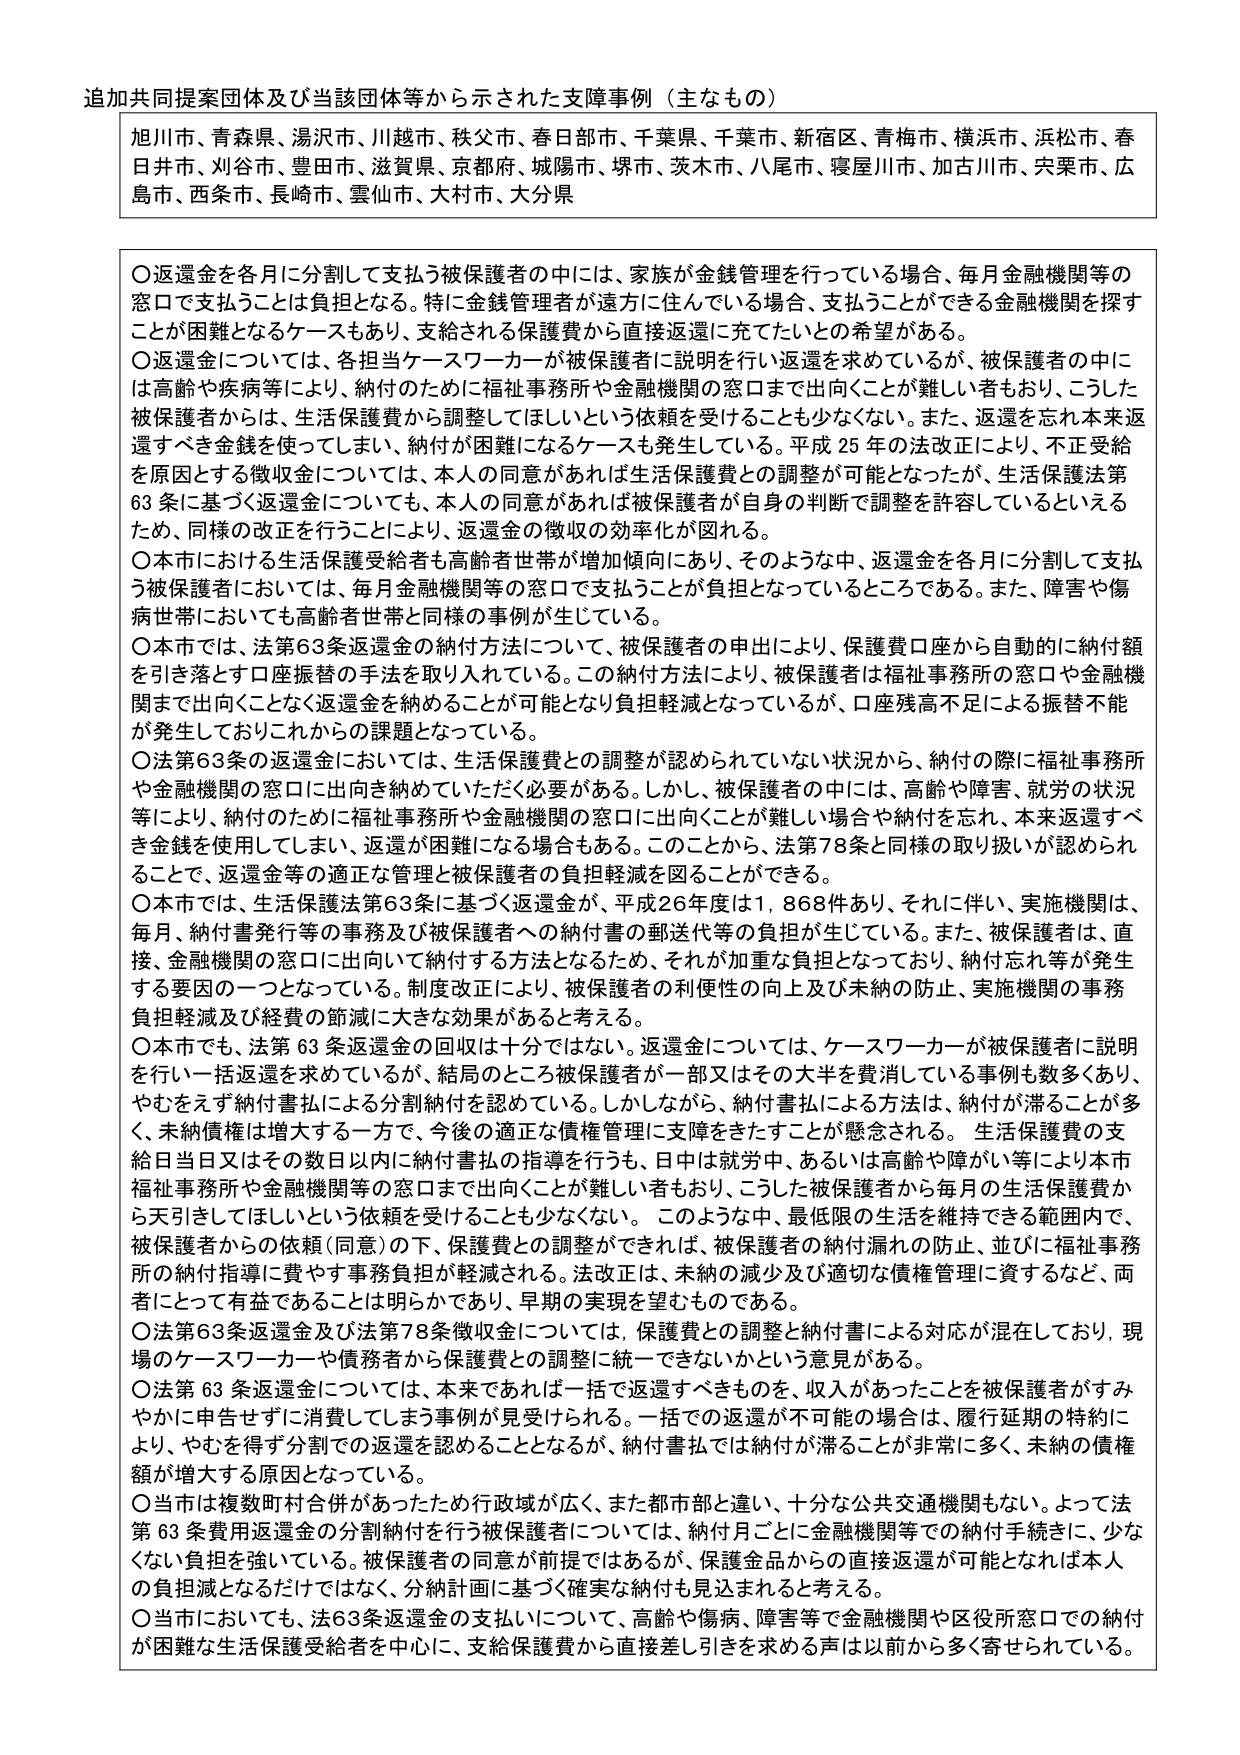
追加共同提案団体及び当該団体等から示された支障事例（主なもの）

旭川市、青森県、湯沢市、川越市、秩父市、春日部市、千葉県、千葉市、新宿区、青梅市、横浜市、浜松市、春日井市、刈谷市、豊田市、滋賀県、京都府、城陽市、堺市、茨木市、八尾市、寝屋川市、加古川市、宍粟市、広島市、西条市、長崎市、雲仙市、大村市、大分県

〇返還金を各月に分割して支払う被保護者の中には、家族が金銭管理を行っている場合、毎月金融機関等の窓口で支払うことは負担となる。特に金銭管理者が遠方に住んでいる場合、支払うことができる金融機関を探すことが困難となるケースもあり、支給される保護費から直接返還に充てたいとの希望がある。
〇返還金については、各担当ケースワーカーが被保護者に説明を行い返還を求めているが、被保護者の中には高齢や疾病等により、納付のために福祉事務所や金融機関の窓口まで出向くことが難しい者もおり、こうした被保護者からは、生活保護費から調整してほしいという依頼を受けることも少ないない。また、返還を忘れ本来返還すべき金銭を使ってしまい、納付が困難になるケースも発生している。平成25年の法改正により、不正受給を原因とする徴収金については、本人の同意があれば生活保護費との調整が可能となったが、生活保護法第63条に基づく返還金についても、本人の同意があれば被保護者が自身の判断で調整を許容しているといえるため、同様の改正を行うことにより、返還金の徴収の効率化が図れる。
〇本市における生活保護受給者も高齢者世帯が増加傾向にあり、そのような中、返還金を各月に分割して支払う被保護者においては、毎月金融機関等の窓口で支払うことが負担となっているところである。また、障害や傷病世帯においても高齢者世帯と同様の事例が生じている。
〇本市では、法第63条返還金の納付方法について、被保護者の申出により、保護費口座から自動的に納付額を引き落とす口座振替の手法を取り入れている。この納付方法により、被保護者は福祉事務所の窓口や金融機関まで出向くことなく返還金を納めることが可能となり負担軽減となっているが、口座残高不足による振替不能が発生しておりこれからも課題となっている。
〇法第63条の返還金においては、生活保護費との調整が認められていない状況から、納付の際に福祉事務所や金融機関の窓口に出向き納めていただく必要がある。しかし、被保護者の中には、高齢や障害、就労の状況等により、納付のために福祉事務所や金融機関の窓口に出向くことが難しい場合や納付を忘れ、本来返還すべき金銭を使用してしまい、返還が困難になる場合もある。このことから、法第78条と同様の取り扱いが認められることで、返還金等の適正な管理と被保護者の負担軽減を図ることができる。
〇本市では、生活保護法第63条に基づく返還金が、平成26年度は1,868件あり、それに伴い、実施機関は、毎月、納付書発行等の事務及び被保護者への納付書の郵送代等の負担が生じている。また、被保護者は、直接、金融機関の窓口に出向いて納付する方法となるため、それが加重な負担となっており、納付忘れ等が発生する要因の一つとなっている。制度改正により、被保護者の利便性の向上及び未納の防止、実施機関の事務負担軽減及び経費の節減に大きな効果があると考える。
〇本市でも、法第63条返還金の回収は十分ではない。返還金については、ケースワーカーが被保護者に説明を行い一括返還を求めているが、結局のところ被保護者が一部又はその大半を費消している事例も数多くあり、やむをえず納付書払による分割納付を認めている。しかしながら、納付書払による方法は、納付が滞ることが多く、未納債権は増大する一方で、今後の適正な債権管理に支障をきたすことが懸念される。生活保護費の支給日当日又はその数日以内に納付書払の指導を行うも、日中は就労中、あるいは高齢や障がい等により本市福祉事務所や金融機関等の窓口まで出向くことが難しい者もおり、こうした被保護者から毎月の生活保護費から天引きしてほしいという依頼を受けることも少なくない。このような中、最低限の生活を維持できる範囲内で、被保護者からの依頼（同意）の下、保護費との調整ができれば、被保護者の納付漏れの防止、並びに福祉事務所の納付指導に費やす事務負担が軽減される。法改正は、未納の減少及び適切な債権管理に資するなど、両者にとって有益であることは明らかであり、早期の実現を望むものである。
〇法第63条返還金及び法第78条徴収金については、保護費との調整と納付書による対応が混在しており、現場のケースワーカーや債務者から保護費との調整に統一できないかという意見がある。
〇法第63条返還金については、本来であれば一括で返還すべきものを、収入があったことを被保護者がすみやかに申告せずに消費してしまう事例が見受けられる。一括での返還が不可能の場合は、履行延期の特約により、やむを得ず分割での返還を認めることとなるが、納付書払では納付が滞ることが非常に多く、未納の債権額が増大する原因となっている。
〇当市は複数町村合併があったため行政域が広く、また都市部と違い、十分な公共交通機関もない。よって法第63条費用返還金の分割納付を行う被保護者については、納付月ごとに金融機関等での納付手続きに、少なくない負担を強いている。被保護者の同意が前提ではあるが、保護金品から直接返還が可能となれば本人の負担減となるだけではなく、分納計画に基づく確実な納付も見込まれると考える。
〇当市においても、法63条返還金の支払いについて、高齢や傷病、障害等で金融機関や区役所窓口での納付が困難な生活保護受給者を中心に、支給保護費から直接差し引きを求める声は以前から多く寄せられている。